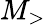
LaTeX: M_{>}